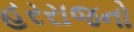
હરરાજનો